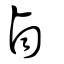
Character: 卣